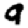
Digit: 9